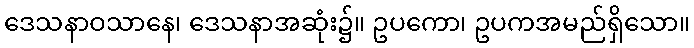
ဒေသနာဝသာနေ၊ ဒေသနာအဆုံး၌။ ဥပကော၊ ဥပကအမည်ရှိသော။